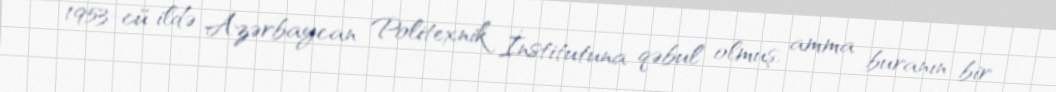
1953-cü ildə Azərbaycan Politexnik İnstitutuna qəbul olmuş, amma buranın bir